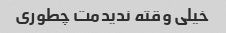
خیلی وقته ندیدمت چطوری